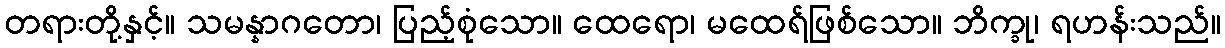
တရားတို့နှင့်။ သမန္နာဂတော၊ ပြည့်စုံသော။ ထေရော၊ မထေရ်ဖြစ်သော။ ဘိက္ခု၊ ရဟန်းသည်။